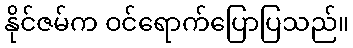
နိုင်ဇမ်က ဝင်ရောက်ပြောပြသည်။